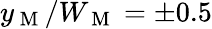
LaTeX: y_{\mathrm{~M~}}/W_{\mathrm{~M~}}=\pm 0.5